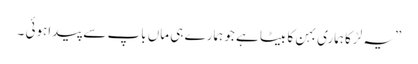
”یہ لڑکا ہماری بہن کا بیٹا ہے جو ہمارے ہی ماں باپ سے پیداہوئی ۔